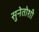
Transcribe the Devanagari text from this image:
सुनेतोशी